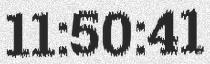
11:50:41